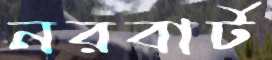
নরবার্ট